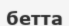
бетта